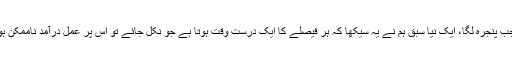
اگلے دن جب پنجرہ لگا، ایک نیا سبق ہم نے یہ سیکھا کہ ہر فیصلے کا ایک درست وقت ہوتا ہے جو نکل جائے تو اس پر عمل درآمد ناممکن ہو جاتا ہے۔